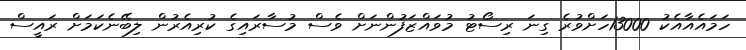
ހަމައެއާއެކު 13000ހަށްވުރެ ގިނަ ރިސޯޓު މުވައްޒަފުންނަށް ވެސް މުސާރައިގެ ކުރިއެރުން ލިބޭނެކަމަށް ރައީސް